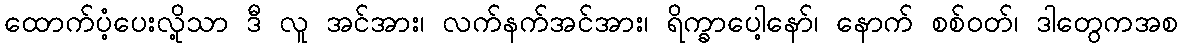
ထောက်ပံ့ပေးလို့သာ ဒီ လူ အင်အား၊ လက်နက်အင်အား၊ ရိက္ခာပေါ့နော်၊ နောက် စစ်ဝတ်၊ ဒါတွေကအစ